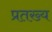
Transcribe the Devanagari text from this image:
प्रतख्य